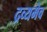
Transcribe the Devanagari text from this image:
द्रव्यमेव